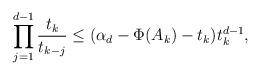
LaTeX: \begin{align*}\prod_{j = 1}^{d - 1}\frac{t_k}{t_{k - j}} \leq (\alpha_d - \Phi(A_k) - t_k)t_k^{d - 1},\end{align*}